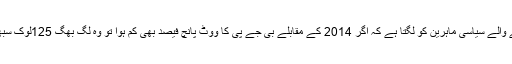
دیانتدارنہ تجزیہ کرنے والے سیاسی ماہرین کو لگتا ہے کہ اگر 2014 کے مقابلے بی جے پی کا ووٹ پانچ فیصد بھی کم ہوا تو وہ لگ بھگ 125لوک سبھا سیٹیں ہار جائے گی۔